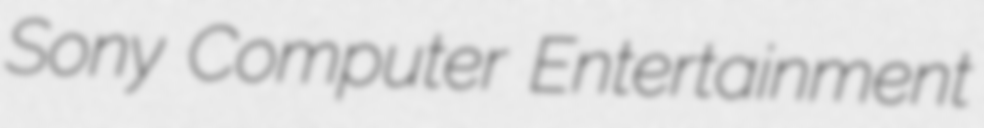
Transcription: Sony Computer Entertainment